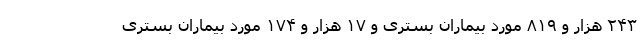
۲۴۳ هزار و ۸۱۹ مورد بیماران بستری و ۱۷ هزار و ۱۷۴ مورد بیماران بستری